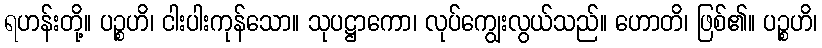
ရဟန်းတို့။ ပဉ္စဟိ၊ ငါးပါးကုန်သော။ သုပဋ္ဌာကော၊ လုပ်ကျွေးလွယ်သည်။ ဟောတိ၊ ဖြစ်၏။ ပဉ္စဟိ၊